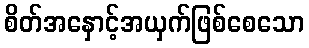
စိတ်အနှောင့်အယှက်ဖြစ်စေသော